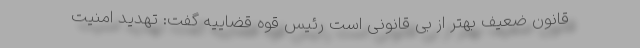
قانون ضعیف بهتر از بی قانونی است رئیس قوه قضاییه گفت: تهدید امنیت